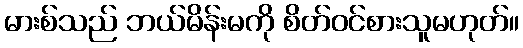
မားစ်သည် ဘယ်မိန်းမကို စိတ်ဝင်စားသူမဟုတ်။